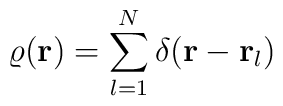
\varrho({\bf r})=\sum_{l=1}^N\delta({\bf r}-{\bf r}_l)